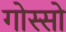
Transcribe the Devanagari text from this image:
गोस्सो